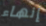
إنهاء